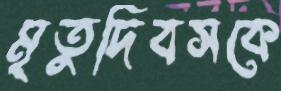
মৃতুদিবসকে